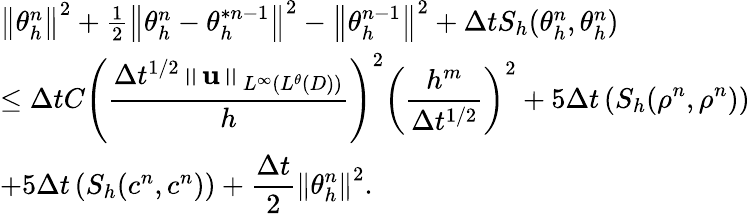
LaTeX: \begin{array}{l}{\left\Vert\theta_{h}^{n}\right\Vert^{2}+\frac{1}{2}\left\Vert\theta_{h}^{n}-\theta_{h}^{\ast n-1}\right\Vert^{2}-\left\Vert\theta_{h}^{n-1}\right\Vert^{2}+\Delta tS_{h}(\theta_{h}^{n},\theta_{h}^{n})}\\ {\leq\Delta tC\displaystyle\left(\frac{\Delta t^{1/2}\left\Vert\mathbf{u}\right\Vert_{L^{\infty}(L^{\theta}(D))}}{h}\right)^{2}\left(\frac{h^{m}}{\Delta t^{1/2}}\right)^{2}+5\Delta t\left(S_{h}(\rho^{n},\rho^{n})\right)}\\ {+5\Delta t\left(S_{h}(c^{n},c^{n})\right)+\displaystyle\frac{\Delta t}{2}\left\Vert\theta_{h}^{n}\right\Vert^{2}.}\end{array}